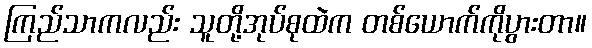
ကြည်သာကလည်း သူတို့အုပ်စုထဲက တစ်ယောက်ကိုပွားတာ။